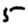
Digit: 5